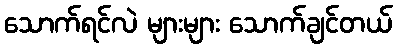
သောက်ရင်လဲ များများ သောက်ချင်တယ်